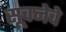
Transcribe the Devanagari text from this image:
सूचनेचे